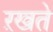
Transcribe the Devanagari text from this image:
ऱखते